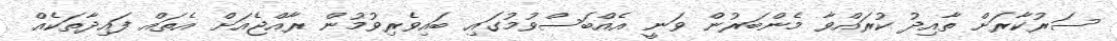
ސަރުކާރަށް ތާއިދު ކުރައްވާ މެންބަރުން ވަނީ އެއްބަސްވުމުގައި ބައިވެރިވުމުން ރާއްޖެއަށް އެތައް ފައިދާތަކެއް